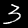
Label: 3